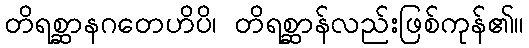
တိရစ္ဆာနဂတေဟိပိ၊ တိရစ္ဆာန်လည်းဖြစ်ကုန်၏။